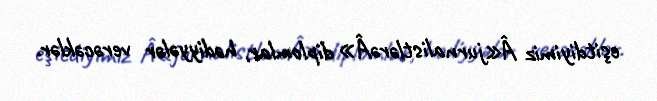
eşitdiyimiz Â«jurnalistlərəÂ» diplomlar, hədiyyələr verəcəklər.